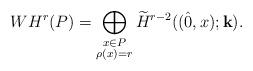
LaTeX: \begin{align*} WH^r(P)= \bigoplus_{\substack{x \in P\\ \rho(x)=r}} \widetilde H^{r-2}((\hat 0, x);{\bf k}).\end{align*}